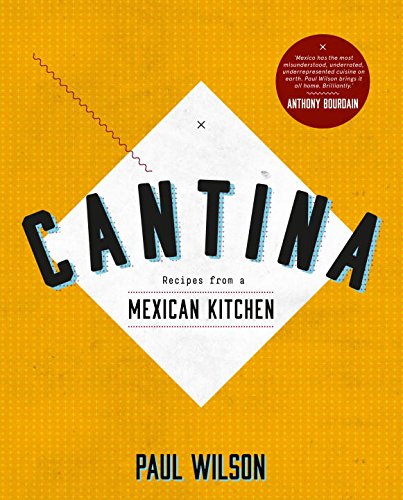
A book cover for Cantina: Recipes from a Mexican Kitchen; Paul Wilson; Cookbooks, Food & Wine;